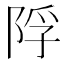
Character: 𨹴